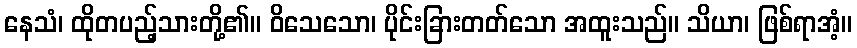
နေသံ၊ ထိုတပည့်သားတို့၏။ ဝိသေသော၊ ပိုင်းခြားတတ်သော အထူးသည်။ သိယာ၊ ဖြစ်ရာအံ့။